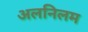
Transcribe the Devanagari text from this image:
अलनिलम